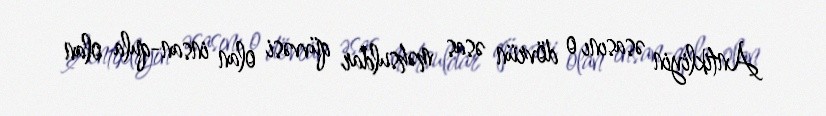
Antikliyin əsasını o dövrün əsas məhsuldar qüvvəsi olan insan-qula olan